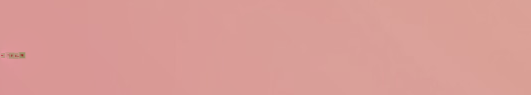
WE DELIVER